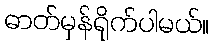
ဓာတ်မှန်ရိုက်ပါမယ်။